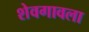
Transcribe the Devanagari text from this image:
शेवगावला